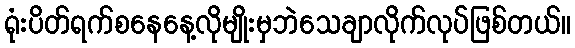
ရုံးပိတ်ရက်စနေနေ့လိုမျိုးမှဘဲသေချာလိုက်လုပ်ဖြစ်တယ်။